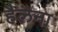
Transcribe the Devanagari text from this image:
हैलना